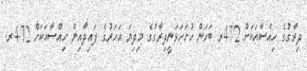
ދިރާގުގެ ހިއްސާއަކަށް 4.72ރ ބަހަން ހުށަހަޅަނީދިރާގުގެ މިދިޔަ އަހަރުގެ ފައިދާއިން ހިއްސާއަކަށް 4.72ރ.